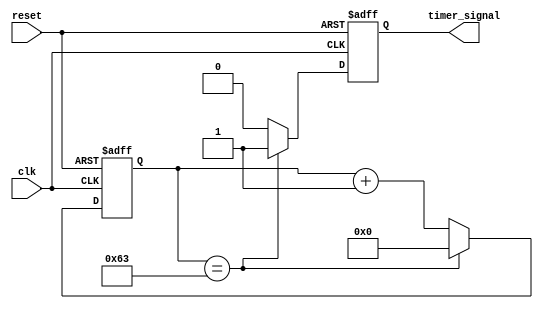
module timer_control (
    input wire clk,
    input wire reset,
    output reg timer_signal
);

parameter PERIOD = 100; // specify the period of the timer

reg [7:0] counter;

always @(posedge clk or posedge reset) begin
    if (reset) begin
        counter <= 0;
        timer_signal <= 0;
    end else begin
        if (counter == PERIOD-1) begin
            counter <= 0;
            timer_signal <= 1;
        end else begin
            counter <= counter + 1;
            timer_signal <= 0;
        end
    end
end

endmodule